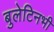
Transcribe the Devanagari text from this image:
बुलेटिनभी